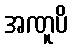
အဏူပိ